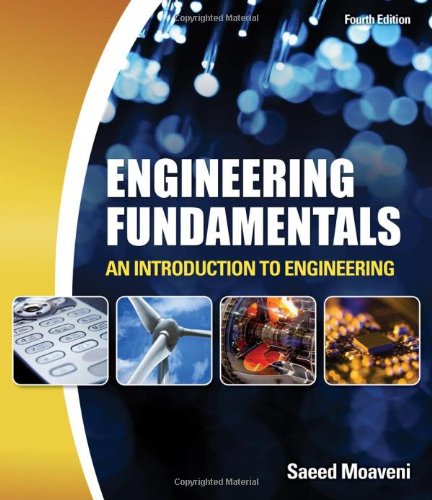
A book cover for Engineering Fundamentals: An Introduction to Engineering; Saeed Moaveni; Computers & Technology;